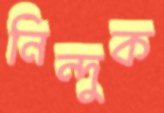
নিন্দুক